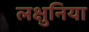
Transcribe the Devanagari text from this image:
लक्षुनिया